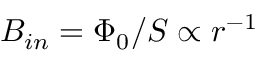
\begin{array} { r l r } { \mathrm { ~ } } & { { } } & { B _ { i n } = \Phi _ { 0 } / S \propto r ^ { - 1 } } \end{array}